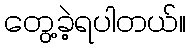
တွေ့ခဲ့ရပါတယ်။